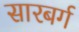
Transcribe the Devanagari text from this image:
सारबर्ग